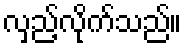
လှည့်လိုက်သည်။